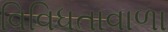
વિવિધતાવાળા